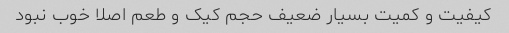
کیفیت و کمیت بسیار ضعیف حجم کیک و طعم اصلا خوب نبود